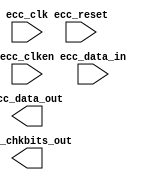
(* X_CORE_INFO = "ecc_v2_0,Vivado 2015.2" *)
module xil_ecc_enc_64x8(ecc_clk, ecc_reset, ecc_clken, ecc_data_in, ecc_data_out, ecc_chkbits_out)
/* synthesis syn_black_box black_box_pad_pin="ecc_clk,ecc_reset,ecc_clken,ecc_data_in[63:0],ecc_data_out[63:0],ecc_chkbits_out[7:0]" */;
  input ecc_clk;
  input ecc_reset;
  input ecc_clken;
  input [63:0]ecc_data_in;
  output [63:0]ecc_data_out;
  output [7:0]ecc_chkbits_out;
endmodule